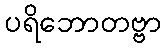
ပရိဘောတဗ္ဗာ